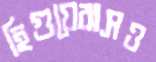
হিগুয়েরাসও